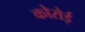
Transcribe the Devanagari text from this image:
कोरोई